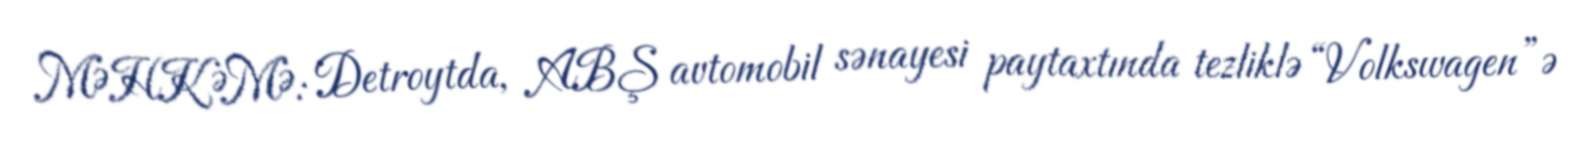
MƏHKƏMƏ: Detroytda, ABŞ avtomobil sənayesi paytaxtında tezliklə “Volkswagen”ə